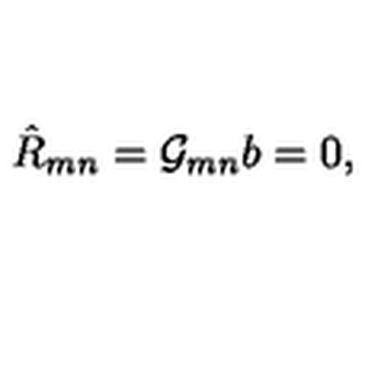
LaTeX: \hat { R } _ { m n } = { \cal G } _ { m n } b = 0 ,